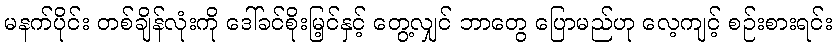
မနက်ပိုင်း တစ်ချိန်လုံးကို ဒေါ်ခင်စိုးမြ့င်နှင့် တွေ့လျှင် ဘာတွေ ပြောမည်ဟု လေ့ကျင့် စဉ်းစားရင်း